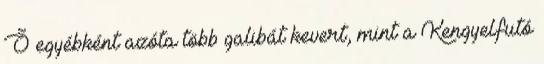
Õ egyébként azóta több galibát kevert, mint a Kengyelfutó